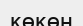
көкөн